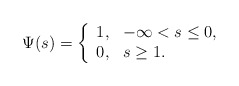
\begin{align*}\Psi(s)=\left\{\begin{array}{l}1,\,\,\,\,-\infty< s\leq0,\\0,\,\,\,\,s\geq1.\end{array}\right.\end{align*}